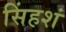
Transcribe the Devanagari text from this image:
सिंहशं